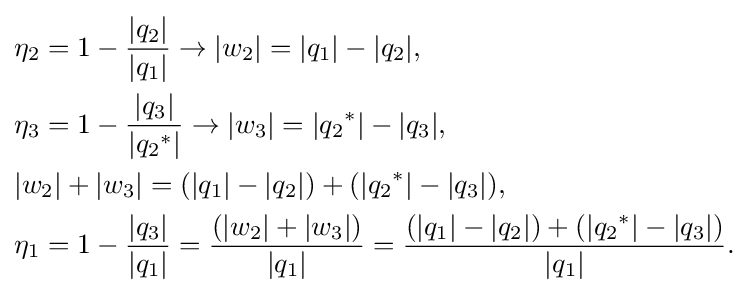
{\begin{aligned}&{{\eta }_{2}}=1-{\frac {|{{q}_{2}}|}{|{{q}_{1}}|}}\to |{{w}_{2}}|=|{{q}_{1}}|-|{{q}_{2}}|,\\&{{\eta }_{3}}=1-{\frac {|{{q}_{3}}|}{|{{q}_{2}}^{*}|}}\to |{{w}_{3}}|=|{{q}_{2}}^{*}|-|{{q}_{3}}|,\\&|{{w}_{2}}|+|{{w}_{3}}|=(|{{q}_{1}}|-|{{q}_{2}}|)+(|{{q}_{2}}^{*}|-|{{q}_{3}}|),\\&{{\eta }_{1}}=1-{\frac {|{{q}_{3}}|}{|{{q}_{1}}|}}={\frac {(|{{w}_{2}}|+|{{w}_{3}}|)}{|{{q}_{1}}|}}={\frac {(|{{q}_{1}}|-|{{q}_{2}}|)+(|{{q}_{2}}^{*}|-|{{q}_{3}}|)}{|{{q}_{1}}|}}.\\\end{aligned}}